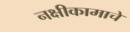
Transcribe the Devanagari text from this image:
नक्षीकामाचे